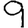
Digit: 9